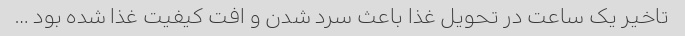
تاخیر یک ساعت در تحویل غذا باعث سرد شدن و افت کیفیت غذا شده بود …